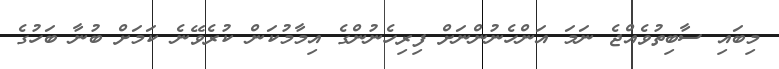
މިބައި ސާބިތުވެއްޖެ ނަމަ އަންހެނުންނަށް ފިރިހެނުންގެ އިމާމުކަން ކުރެވޭނެ ކަމަށް ބުނާ ބަހުގެ